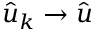
\hat { u } _ { k } \to \hat { u }